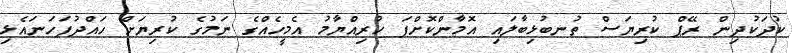
ކުދަކުދިން ރޭޕް ކުރިޔަސް ތުނބުޅިބާލައި އޮމާންކޮށްފަ ހުރިއްޔާމު އެމީހެއްގެ ނަމުގެ ކުރިޔަށް ހައްދުފަހަނައެޅި